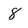
Character: 8